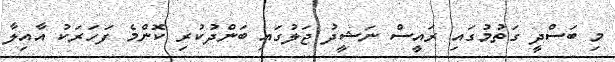
މި ބަސްދީ ގަތުމުގައި ރައީސް ނަޝީދު ޖަލުގައި ބަންދުކުރި ކޮންމެ ފަހަރަކު އާއިލާ